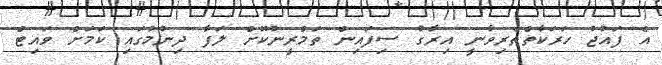
އެ ފައުޖު ހަރަކާތްތެރިވާނީ އިރާގު ސިފައިން ތަމްރީނުކޮށް ލަފާ ދިނުމުގައި ކަމަށް ވައިޓް